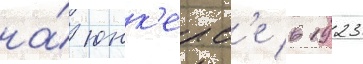
на́ юнк'ерс'е в 1923